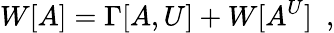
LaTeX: W[A]=\Gamma[A,U]+W[A^{U}]\ \ ,